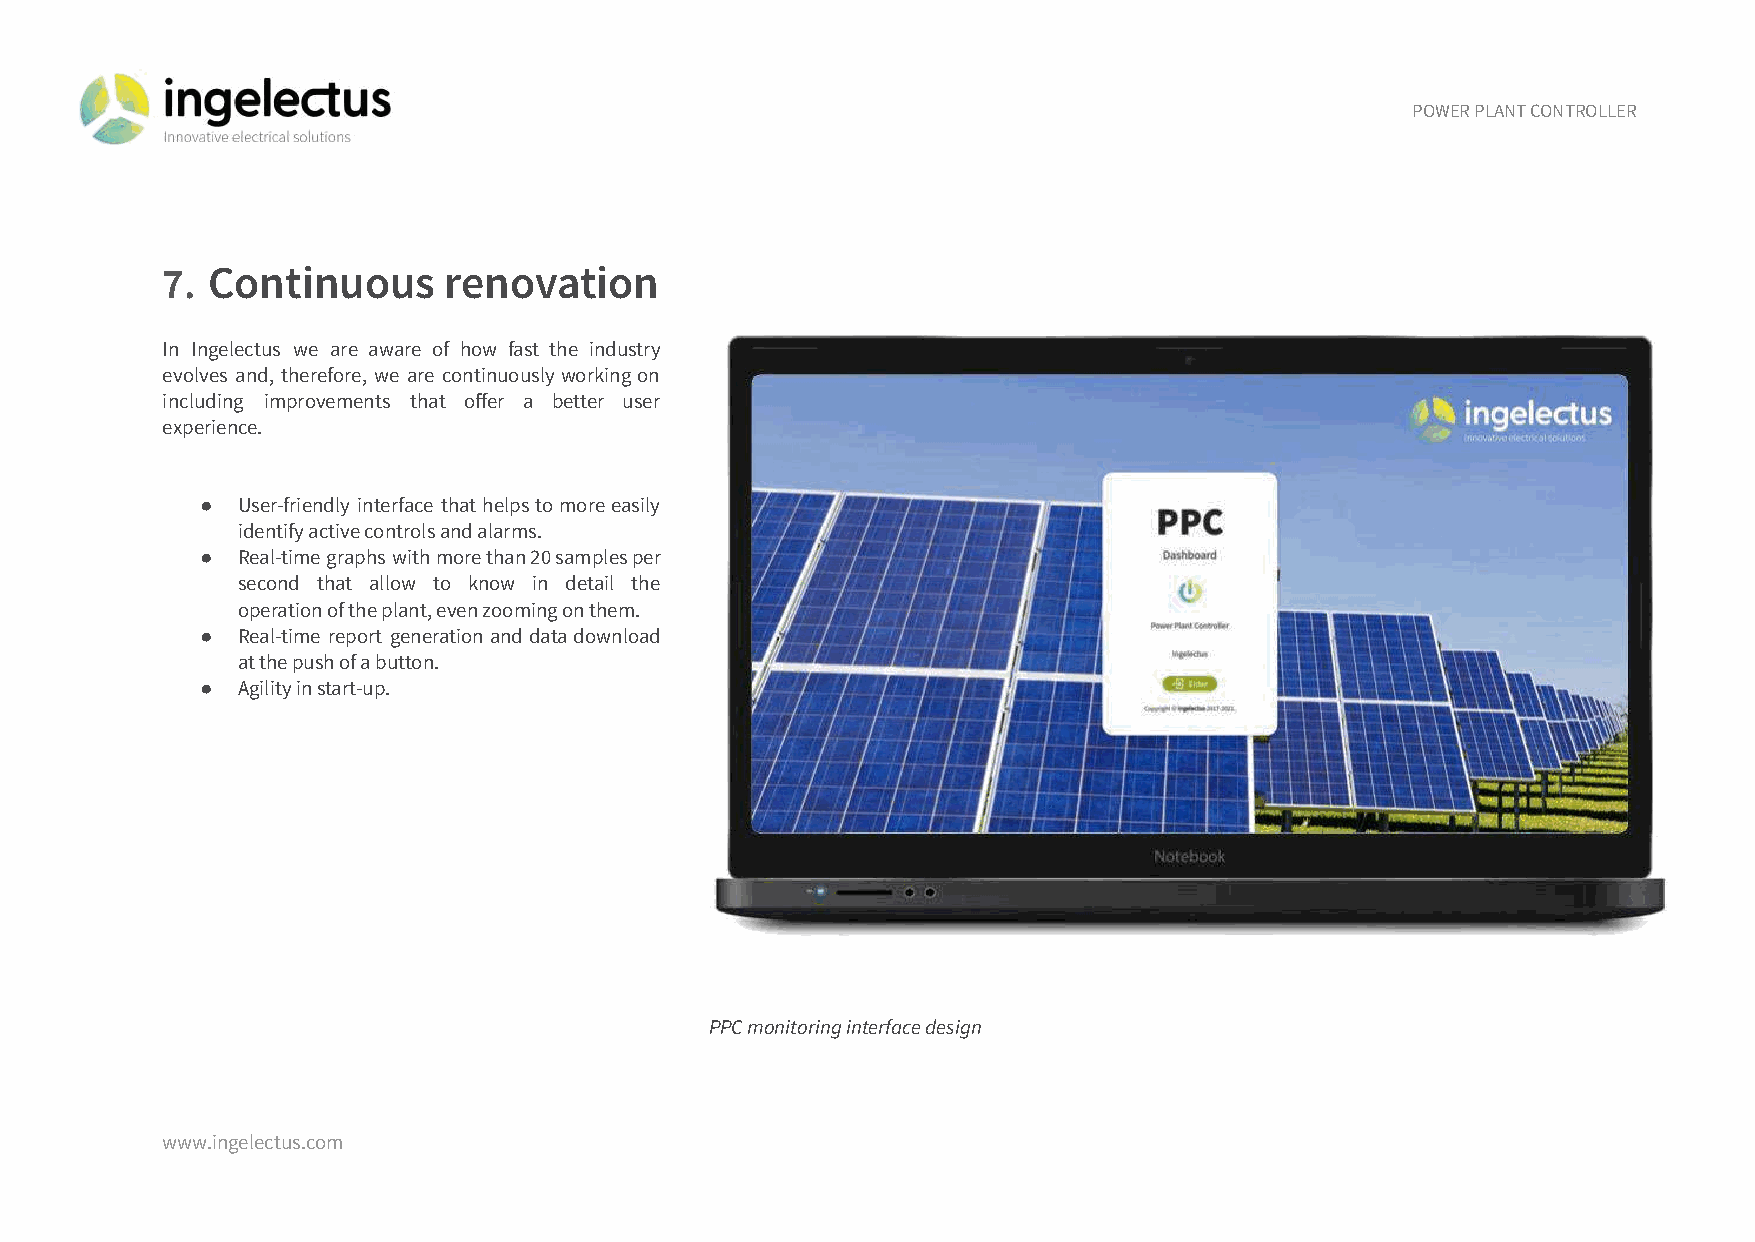
POWER PLANT CONTROLLER
 7. Continuous     renovation
 In Ingelectus we are aware of how fast the industry
 evolves and, therefore, we are continuouslyworkingon
 including improvements that offer a better user
 experience.
 ●  User-friendly interface thathelpstomoreeasily
 identify active controls and alarms.
 ●  Real-timegraphswithmorethan20samplesper
 second that allow to know in detail the
 operation of the plant, even zooming on them.
 ●  Real-time report generationanddatadownload
 at the push of a button.
 ●  Agility in start-up.
 PPC monitoring interface design
 www.ingelectus.com